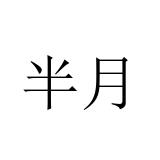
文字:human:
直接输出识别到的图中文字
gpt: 半月